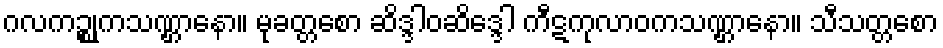
ဂလကဉ္စုကသဏ္ဌာနော။ မုခတ္တစော ဆိဒ္ဒါဝဆိဒ္ဒေါ ကီဋကုလာဝကသဏ္ဌာနော။ သီသတ္တစော